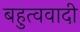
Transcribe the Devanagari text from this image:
बहुत्ववादी